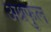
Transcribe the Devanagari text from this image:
अश्रफुल